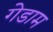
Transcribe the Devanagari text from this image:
गेडाम